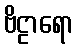
ဗိဠာရော